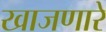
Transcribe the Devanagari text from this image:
खाजणारे